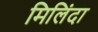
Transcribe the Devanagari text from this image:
मिलिंदा